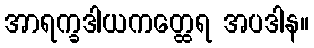
အာရက္ခဒါယကတ္ထေရ အပဒါန။